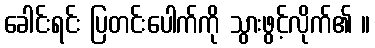
ခေါင်းရင်း ပြတင်းပေါက်ကို သွားဖွင့်လိုက်၏ ။